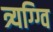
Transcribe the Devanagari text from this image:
त्र्यग्ग्वि